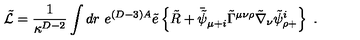
\tilde { \cal L } = { \frac { 1 } { \kappa ^ { D - 2 } } } \int d r \ e ^ { ( D - 3 ) A } \tilde { e } \left\{ \tilde { R } + \bar { \tilde { \psi } } _ { \mu + i } \tilde { \Gamma } ^ { \mu \nu \rho } \tilde { \nabla } _ { \nu } \tilde { \psi } _ { \rho + } ^ { i } \right\} \ .